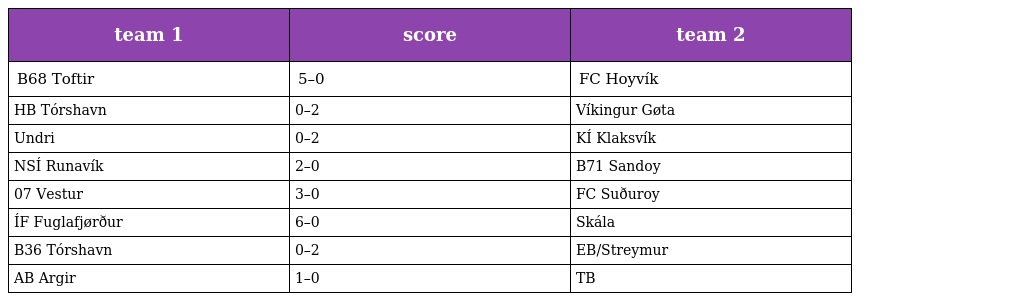
| team 1 | score | team 2 |
 | --- | --- | --- |
 | B68 Toftir | 5–0 | FC Hoyvík |
 | HB Tórshavn | 0–2 | Víkingur Gøta |
 | Undri | 0–2 | KÍ Klaksvík |
 | NSÍ Runavík | 2–0 | B71 Sandoy |
 | 07 Vestur | 3–0 | FC Suðuroy |
 | ÍF Fuglafjørður | 6–0 | Skála |
 | B36 Tórshavn | 0–2 | EB/Streymur |
 | AB Argir | 1–0 | TB |